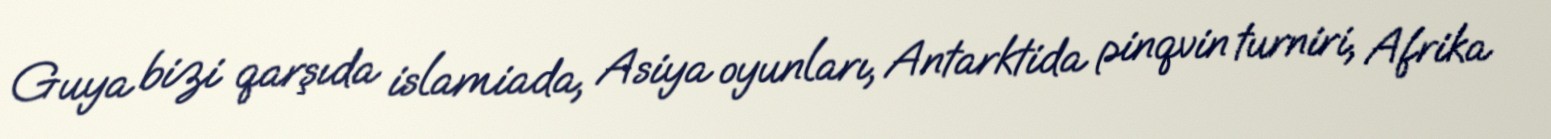
Guya bizi qarşıda islamiada, Asiya oyunları, Antarktida pinqvin turniri, Afrika